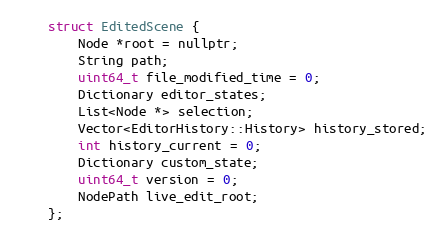
Language: C
	struct EditedScene {
		Node *root = nullptr;
		String path;
		uint64_t file_modified_time = 0;
		Dictionary editor_states;
		List<Node *> selection;
		Vector<EditorHistory::History> history_stored;
		int history_current = 0;
		Dictionary custom_state;
		uint64_t version = 0;
		NodePath live_edit_root;
	};